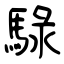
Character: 騄